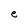
Character: e